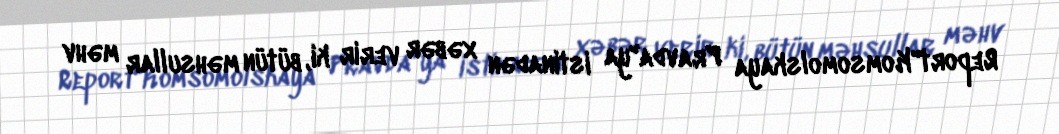
Report"Komsomolskaya Pravda"ya istinadən xəbər verir ki, bütün məhsullar məhv